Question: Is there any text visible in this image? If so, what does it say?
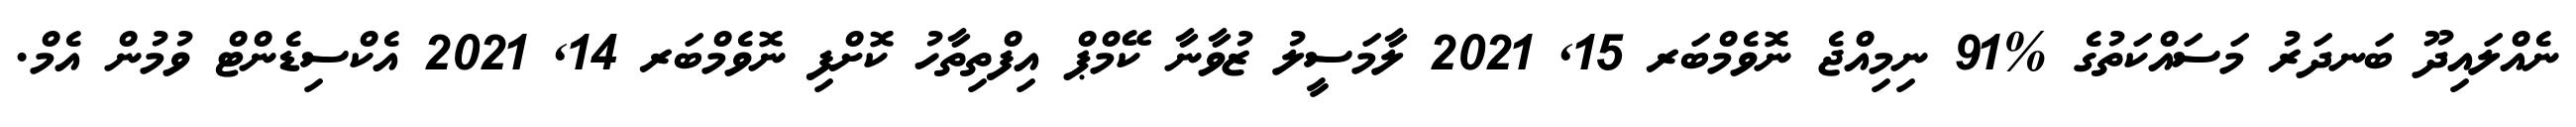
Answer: ނެއްލައިދޫ ބަނދަރު މަސައްކަތުގެ %91 ނިމިއްޖެ ނޮވެމްބަރ 15, 2021 ލާމަސީލު ޒުވާނާ ކޭމްޕް އިފްތިތާހު ކޮށްފި ނޮވެމްބަރ 14, 2021 އެކްސިޑެންޓް ވުމުން އެމް.